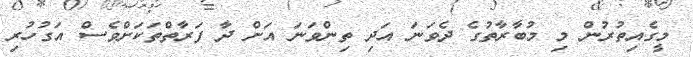
މީގެއިތުުރުން މި މުބާރާތުގެ ދެވަނަ އަދި ތިންވަނަ އަށް ދާ ފަރާތްތަކަށްވެސް އަގުހުރި